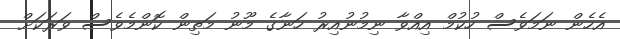
އެހެން ނަމަވެސް ހުކުމް އިއްވާ ނިމުނުއިރު ހަނާގެ މޫނު މަތިން ކޮންމެވެސް ވަރަކަށް